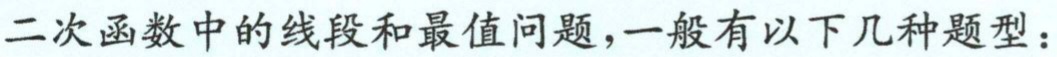
二次函数中的线段和最值问题，一般有以下几种题型：